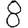
Digit: 8